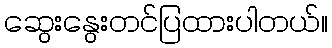
ဆွေးနွေးတင်ပြထားပါတယ်။